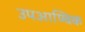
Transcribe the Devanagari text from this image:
उपआण्विक